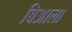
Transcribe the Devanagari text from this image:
बिआला